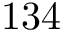
1 3 4